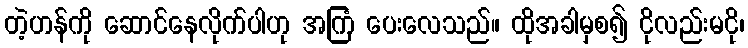
တဲ့ဟန်ကို ဆောင်နေလိုက်ပါဟု အကြံ ပေးလေသည်။ ထိုအခါမှစ၍ ငိုလည်းမငို၊